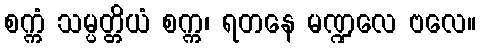
စက္ကံ သမ္ပတ္တိယံ စက္က၊ ရတနေ မဏ္ဍလေ ဗလေ။